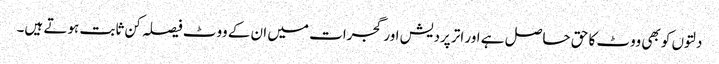
دلتوں کو بھی ووٹ کا حق حاصل ہے اور اتر پردیش اور گجرات میں ان کے ووٹ فیصلہ کن ثابت ہوتے ہیں۔